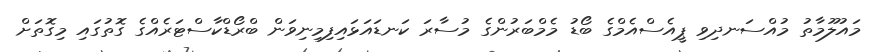
މައުލޫމާތު މުއްސަނދިވި ޕީއެސްއެމްގެ ބޯޑު މެމްބަރުންގެ މުސާރަ ކަނޑައަޅައިފިމިނިވަން ބްރޯޑްކާސްޓަރެއްގެ ގޮތުގައި މިގޮތަށް